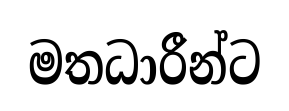
මතධාරීන්ට